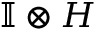
\mathbb { I } \otimes H